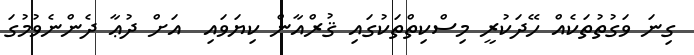
ގިނަ ވަގުތުތަކެއް ހޭދަކުރީ މިސްކިތްތަކުގައި ޤުރްއާން ކިޔަވައި  އަށް ދުޢާ ދެންނެވުމުގަ